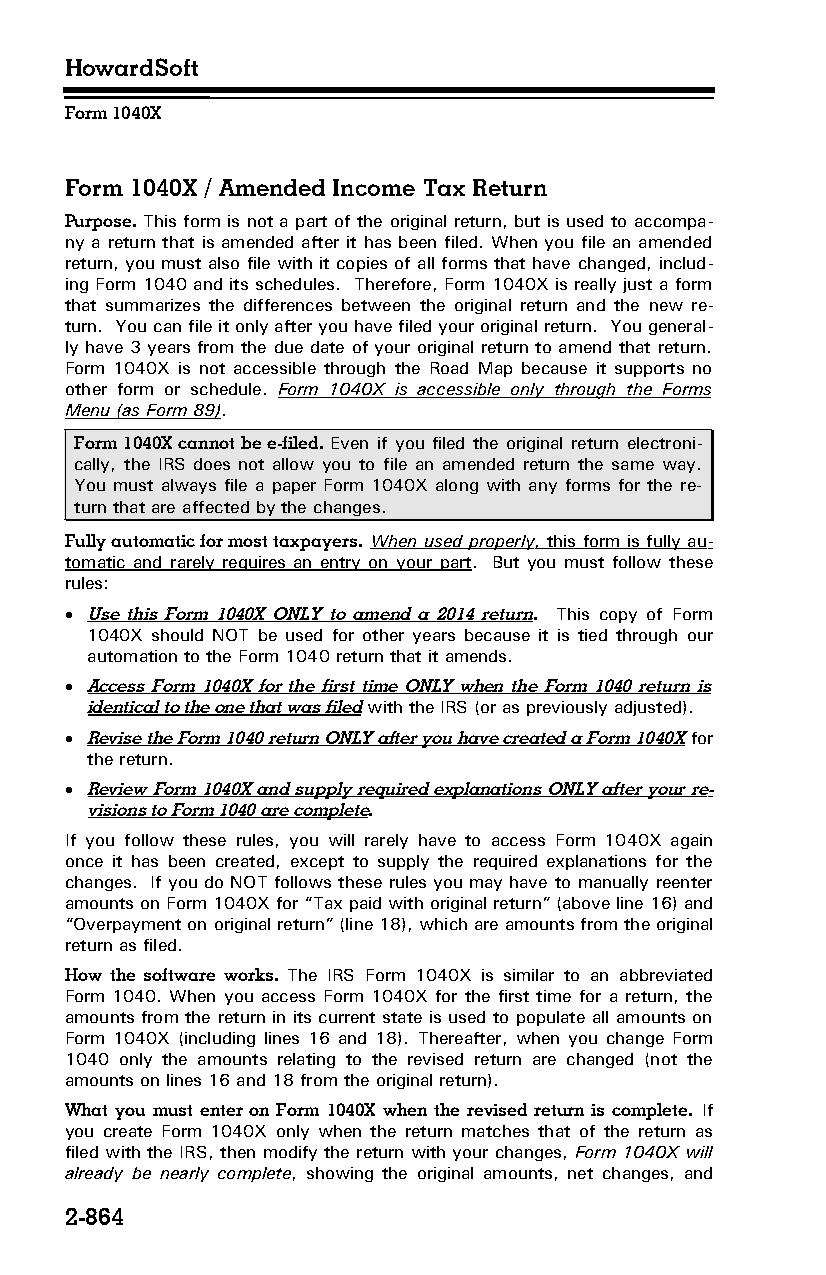
HowardSoft
 Form 1040X
 Form 1040X / Amended Income Tax Return
 Purpose. This form is not a part of the original return, but is used to accompa­
 ny a return that is amended after it has been filed. When you file an amended
 return, you must also file with it copies of all forms that have changed, includ­
 ing Form 1040 and its schedules. Therefore, Form 1040X is really just a form
 that summarizes the differences between the original return and the new re­
 turn. You can file it only after you have filed your original return. You general­
 ly have 3 years from the due date of your original return to amend that return.
 Form 1040X is not accessible through the Road Map because it supports no
 other form or schedule. Form 1040X is accessible only through the Forms
 Menu (as Form 89).
 Form 1040X cannot be e-filed. Even if you filed the original return electroni­
 cally, the IRS does not allow you to file an amended return the same way.
 You must always file a paper Form 1040X along with any forms for the re­
 turn that are affected by the changes.
 Fully automatic for most taxpayers. When used properly , this form is fully au­
 tomatic and rarely requires an entry on your part. But you must follow these
 rules:
  Use this Form 1040X ONLY to amend a 2014 return. This copy of Form
 1040X should NOT be used for other years because it is tied through our
 automation to the Form 1040 return that it amends.
  Access Form 1040X for the first time ONLY when the Form 1040 return is
 identical to the one that was filed with the IRS (or as previously adjusted).
  Revise the Form 1040 return ONLY after you have created a Form 1040X for
 the return.
  Review Form 1040X and supply required explanations ONLY after your re­
 visions to Form 1040 are complete.
 If you follow these rules, you will rarely have to access Form 1040X again
 once it has been created, except to supply the required explanations for the
 changes. If you do NOT follows these rules you may have to manually reenter
 amounts on Form 1040X for “Tax paid with original return” (above line 16) and
 “Overpayment on original return” (line 18), which are amounts from the original
 return as filed.
 How the software works. The IRS Form 1040X is similar to an abbreviated
 Form 1040. When you access Form 1040X for the first time for a return, the
 amounts from the return in its current state is used to populate all amounts on
 Form 1040X (including lines 16 and 18). Thereafter, when you change Form
 1040 only the amounts relating to the revised return are changed (not the
 amounts on lines 16 and 18 from the original return).
 What you must enter on Form 1040X when the revised return is complete. If
 you create Form 1040X only when the return matches that of the return as
 filed with the IRS, then modify the return with your changes, Form 1040X will
 already be nearly complete, showing the original amounts, net changes, and
 2-864